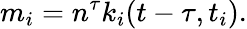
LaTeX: m_{i}=n^{\tau}k_{i}(t-\tau,t_{i}).